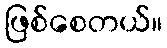
ဖြစ်စေတယ်။